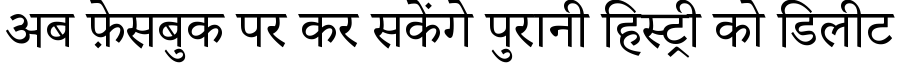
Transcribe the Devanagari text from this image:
अब फ़ेसबुक पर कर सकेंगे पुरानी हिस्ट्री को डिलीट